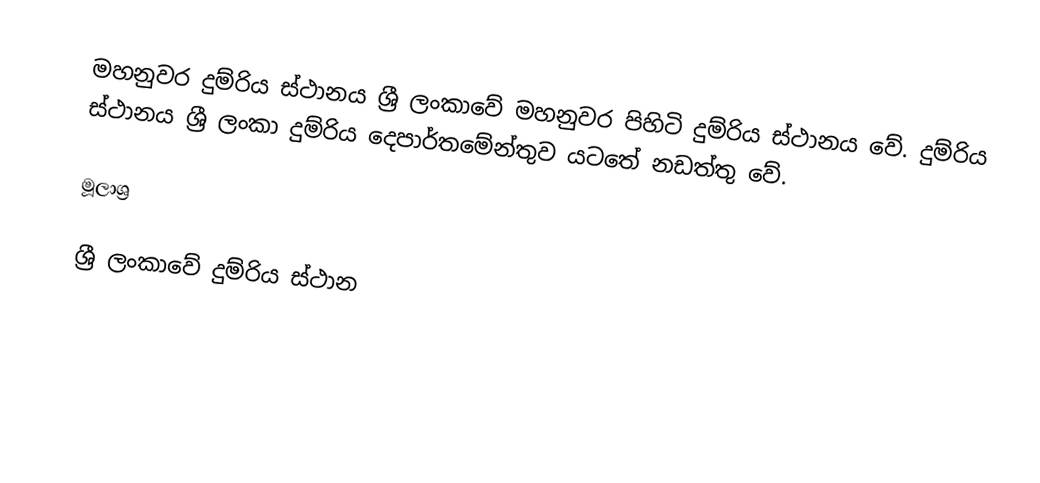
මහනුවර දුම්රිය ස්ථානය ශ්‍රී ලංකාවේ මහනුවර පිහිටි දුම්රිය ස්ථානය වේ. දුම්රිය ස්ථානය ශ්‍රී ලංකා දුම්රිය දෙපාර්තමේන්තුව යටතේ නඩත්තු වේ.

මූලාශ්‍ර

ශ්‍රී ලංකාවේ දුම්රිය ස්ථාන